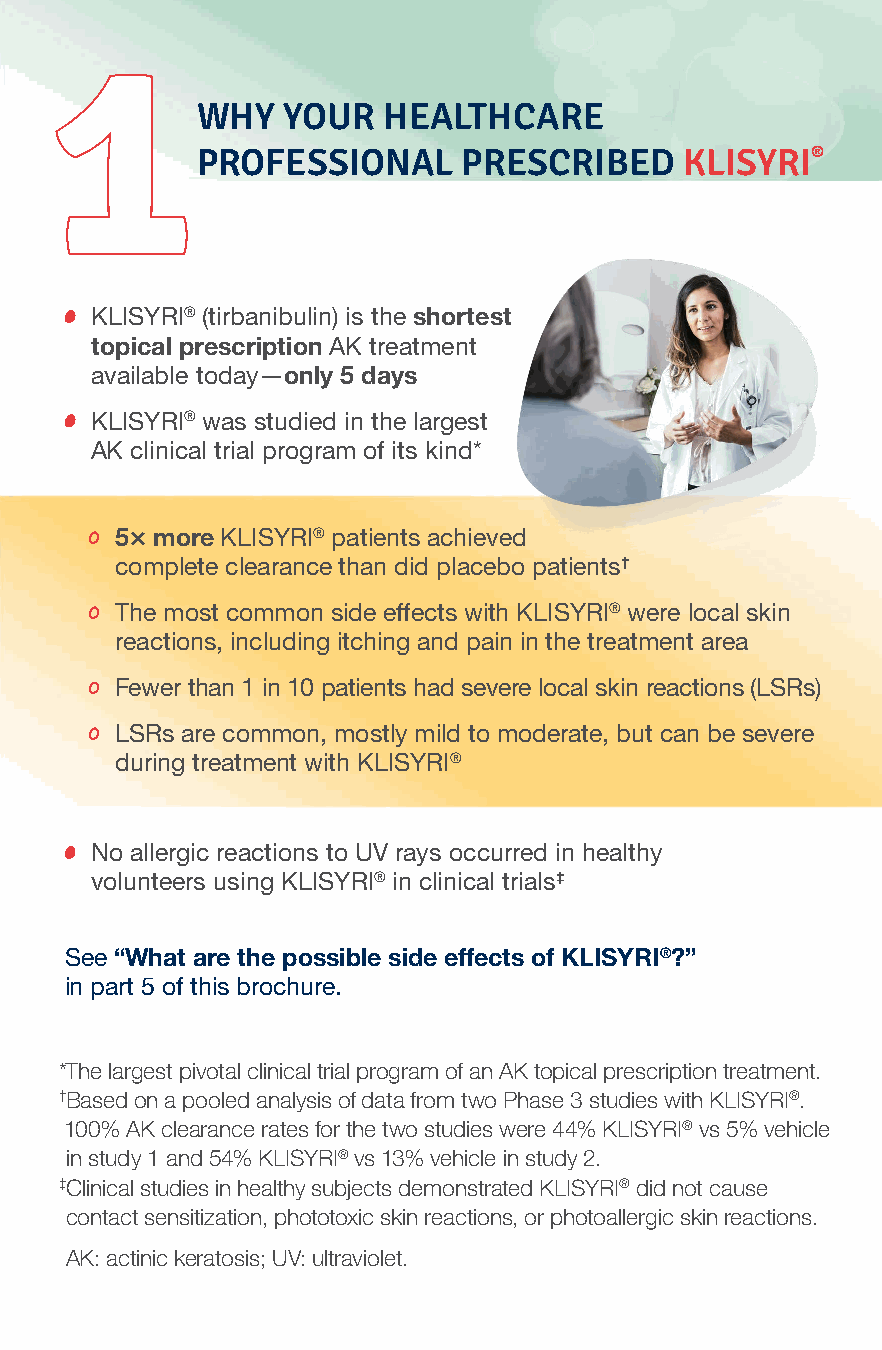
WHY   YOUR  HEALTHCARE
 PROFESSIONAL      PRESCRIBED    KLISYRI®
 KLISYRI® (tirbanibulin) is the shortest
 topical prescription AK treatment
 available today—only 5 days
 KLISYRI® was studied in the largest
 AK clinical trial program of its kind*
 5× more KLISYRI® patients achieved
 complete clearance than did placebo patients†
 The most common side effects with KLISYRI® were local skin
 reactions, including itching and pain in the treatment area
 Fewer than 1 in 10 patients had severe local skin reactions (LSRs)
 LSRs are common, mostly mild to moderate, but can be severe
 during treatment with KLISYRI®
 No allergic reactions to UV rays occurred in healthy
 volunteers using KLISYRI® in clinical trials‡
 See “What are the possible side effects of KLISYRI®?”
 in part 5 of this brochure.
 *The largest pivotal clinical trial program of an AK topical prescription treatment.
 †B ased on a pooled analysis of data from two Phase 3 studies with KLISYRI®.
 1 00% AK clearance rates for the two studies were 44% KLISYRI® vs 5% vehicle
 in study 1 and 54% KLISYRI® vs 13% vehicle in study 2.
 ‡ Clinical studies in healthy subjects demonstrated KLISYRI® did not cause
 contact sensitization, phototoxic skin reactions, or photoallergic skin reactions.
 AK: actinic keratosis; UV: ultraviolet.